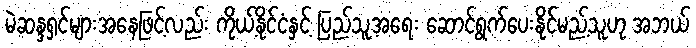
မဲဆန္ဒရှင်များအနေဖြင့်လည်း ကိုယ့်နိုင်ငံနှင့် ပြည်သူ့အရေး ဆောင်ရွက်ပေးနိုင်မည့်သူဟု အဘယ်